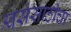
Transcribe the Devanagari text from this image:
श्वसंसाठीचा